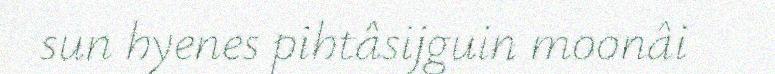
sun hyenes pihtâsijguin moonâi